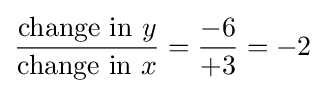
{\frac {{\text{change in }}y}{{\text{change in }}x}}={\frac {-6}{+3}}=-2